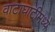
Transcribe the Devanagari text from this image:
वाटाघाटीमध्ये